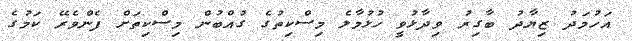
އަހުމަދު ޒިޔާދު ބާގިރު ވިދާޅުވީ ހުޅުމާލެ މިސްކިތުގެ ގުއްބުން މިސްކިތަށް ފެންވެރޭ ކަމުގެ